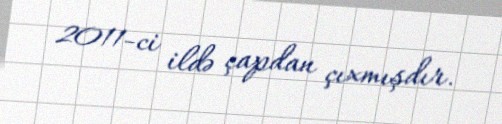
2011-ci ildə çapdan çıxmışdır.